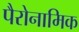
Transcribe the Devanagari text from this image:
पैरोनामिक